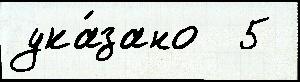
ука́зано  5